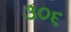
૩૦૬